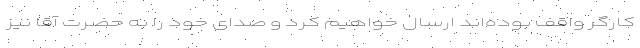
کارگر واقف بوده‌اند ارسال خواهیم کرد و صدای خود را به حضرت آقا نیز